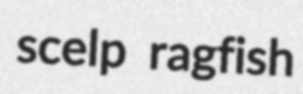
scelp ragfish